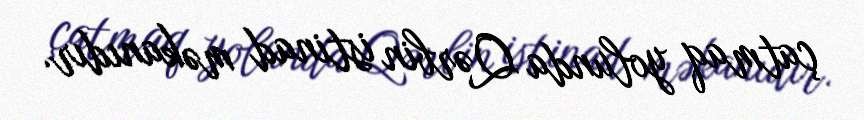
çatmaq yolunda Qərbin istinad məkanıdır.